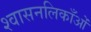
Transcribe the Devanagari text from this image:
श्वासनलिकाँओं